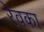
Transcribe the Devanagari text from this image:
रेवका